Vaccination in the Punjab 1919-1929 - 1919-1929
Year: 1919
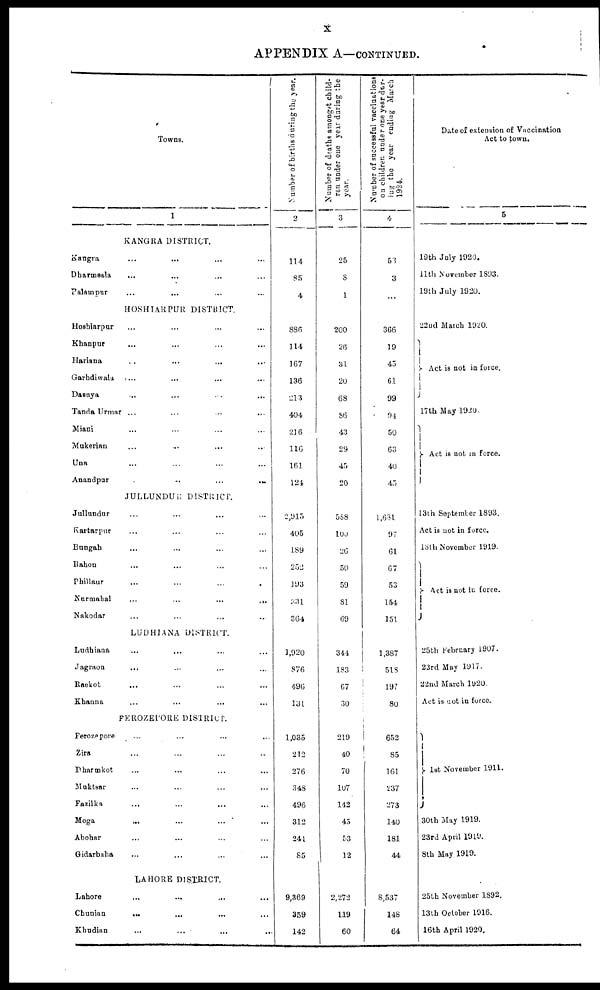
x
APPENDIX A—CONTINUED.
Towns.
1
KANGRA DISTRICT.
Kangra ... ... ... ...
Dharmsala ... ... ... ...
Palampur ... ... ... ...
HOSHIARPUH DISTRICT.
Hoshiarpur ... ... ... ...
Khanpur ... ... ... ...
Hariana ... ... ... ...
Garhdiwala ... ... ... ...
Dasuya ... ... ... ...
Tanda Urmar ... ... ... ...
Miani ... ... ... ...
Mukerian ... ... ... ...
Una ... ... ... ...
Anandpur
...
...
... ...
JULLUNDUR DISTRICT.
Jullundur ... ... ... ...
Kartarpur ... ... ... ...
Bungah ... ... ... ...
Rahon ... ... ... ...
Phillaur ... ... ... ...
Nurmahal
...
...
...
...
Nakodar ... ... ... ...
LUDHIANA DISTRICT.
Ludhiana ... ... ... ...
Jagraon ... ... ... ...
Raekot ... ... ... ...
Khanna ... ... ... ...
FEROZEPORE DISTRICT.
Ferozepore ... ... ... ...
Zira ... ... ... ...
Dharmkot ... ... ... ...
Muktsar ... ... ... ...
Fazilka ... ... ... ...
Moga
... ... ... ...
Abohar ... ... ... ...
Gidarbaha ... ... ... ...
LAHORE DISTRICT.
Lahore ... ... ... ...
Chunian
... ... ... ...
Khudian ... ... ... ...
Number of births during the year.
2
114
85
4
886
114
167
136
213
404
216
116
161
124
2,915
405
189
252
193
331
364
1,920
876
496
131
1,035
212
276
348
496
312
241
85
9,369
359
142
Number of deaths amongst child-
ren under one year during the
year.
3
25
8
1
200
26
31
20
68
86
43
29
45
20
588
100
20
50
59
81
69
344
183
67
30
219
40
70
107
142
45
53
12
2,272
119
60
Number of successful vaccinations
on children under one year dur-
ing the year ending March
1924.
4
53
3
...
366
19
45
61
99
94
50
63
40
45
1,681
97
61
67
53
154
151
1,387
518
197
80
652
85
161
237
273
140
181
44
8,537
148
64
Date of extension of Vaccination
Act to town.
5
19th July 1920.
11th November 1893.
19th July 1920.
22nd March 1920.
Act is not in force.
17th May 1920.
Act is not in force.
13th September 1893.
Act is not in force.
18th November 1919.
Act is not in force.
25th February 1907.
23rd May 1917.
22nd March 1920.
Act is not in force.
1st November 1911.
30th May 1919.
23rd April 1919.
8th May 1919.
25th November 1892.
13th October 1916.
16th April 1920.